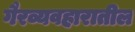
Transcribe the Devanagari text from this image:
गैरव्यवहारातील